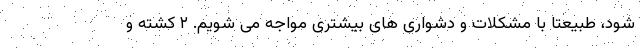
شود، طبیعتا با مشکلات و دشواری های بیشتری مواجه می شویم. ۲ کشته و